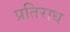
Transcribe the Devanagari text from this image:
प्रतिराध